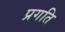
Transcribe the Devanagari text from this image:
प्रगति